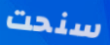
سنحت